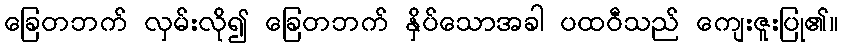
ခြေတဘက် လှမ်းလို၍ ခြေတဘက် နှိပ်သောအခါ ပထဝီသည် ကျေးဇူးပြု၏။